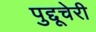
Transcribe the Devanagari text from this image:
पुद्दूचेरी